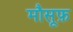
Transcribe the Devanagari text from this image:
मौसूफ़